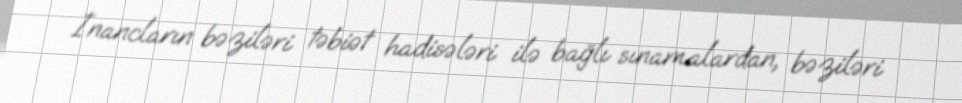
İnancların bəziləri təbiət hadisələri ilə bağlı sınamalardan, bəziləri